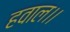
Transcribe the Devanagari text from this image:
हवाल।।